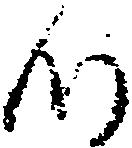
つ